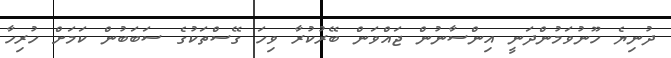
ދުނިޔެ ހޫނުވަމުންދަނީ އިންސާނުން ޖައްވަން ބޭރުކުރާ ވިހަ ގޭސްތަކުގެ ސަބަބުން ކަމަށް ހުރިހާ